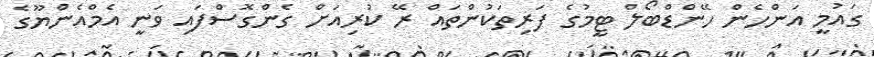
ގައުމީ އަންހެން ހޭންޑްބޯލް ޓީމުގެ ފަރިތަކުންތައް ރޭ ކުރިއަށް ގެންގޮސްފައި ވަނީ އެމްއެންޔޫގެ